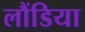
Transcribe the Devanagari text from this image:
लौंडिया